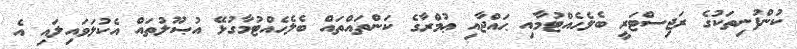
ކުންފުނިތަކުގެ ރަޖިސްޓަރީ ބެލެހެއްޓުމާއި ޙައްޖާއި ޢުމްރާގެ ކަންތައްތައް ބެލެހެއްޓުމާގުޅޭ އުޞޫލުތައް އެކުލަވައިލައި އެ